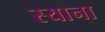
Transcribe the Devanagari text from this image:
स्याना